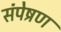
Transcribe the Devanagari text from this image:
संपेष्रण